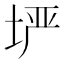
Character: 𫭲